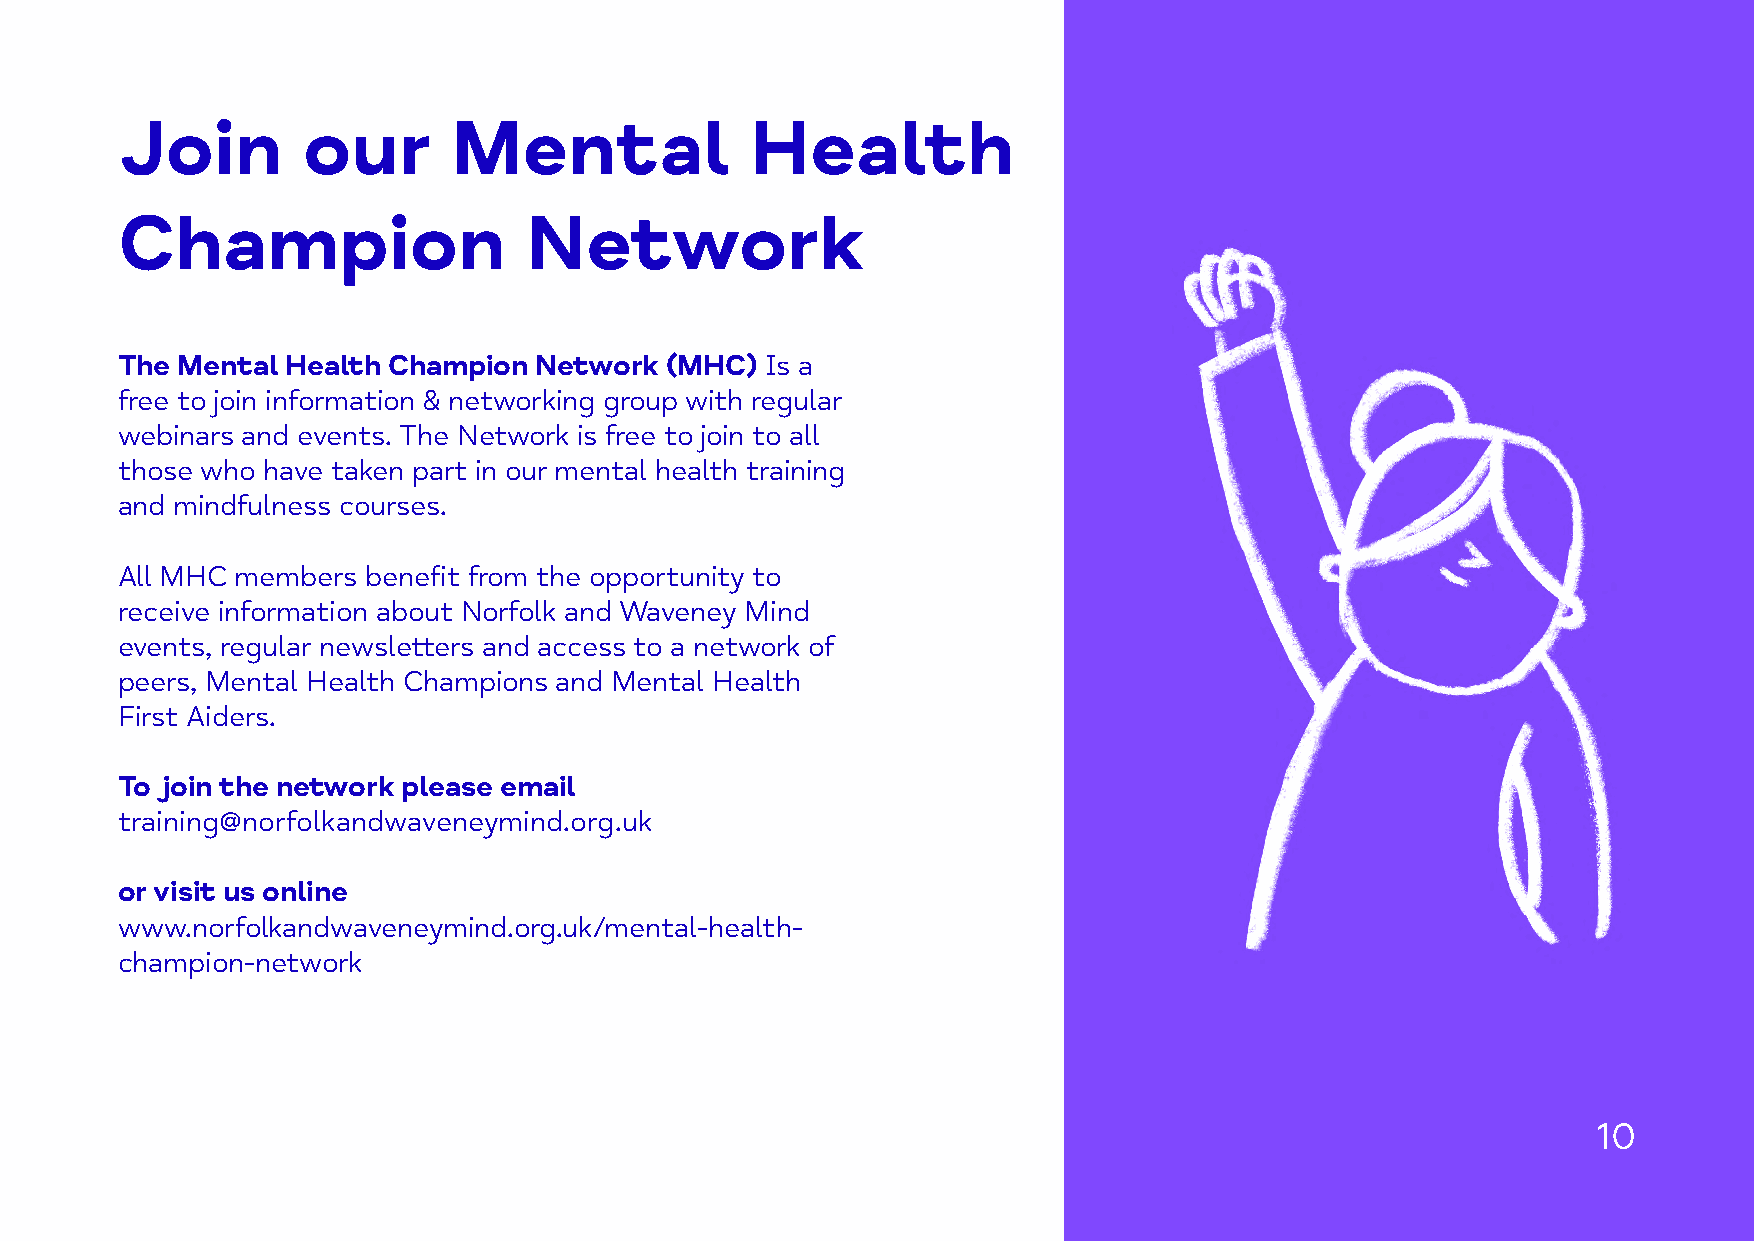
Join        our       Mental              Health
 Champion                   Network
 The Mental Health Champion  Network (MHC)  Is a
 free to join information & networking group with regular
 webinars and events. The Network is free to join to all
 those who have taken part in our mental health training
 and mindfulness courses.
 All MHC members benefit from the opportunity to
 receive information about Norfolk and Waveney Mind
 events, regular newsletters and access to a network of
 peers, Mental Health Champions and Mental Health
 First Aiders.
 To join the network please email
 training@norfolkandwaveneymind.org.uk
 or visit us online
 www.norfolkandwaveneymind.org.uk/mental-health-
 champion-network
 10